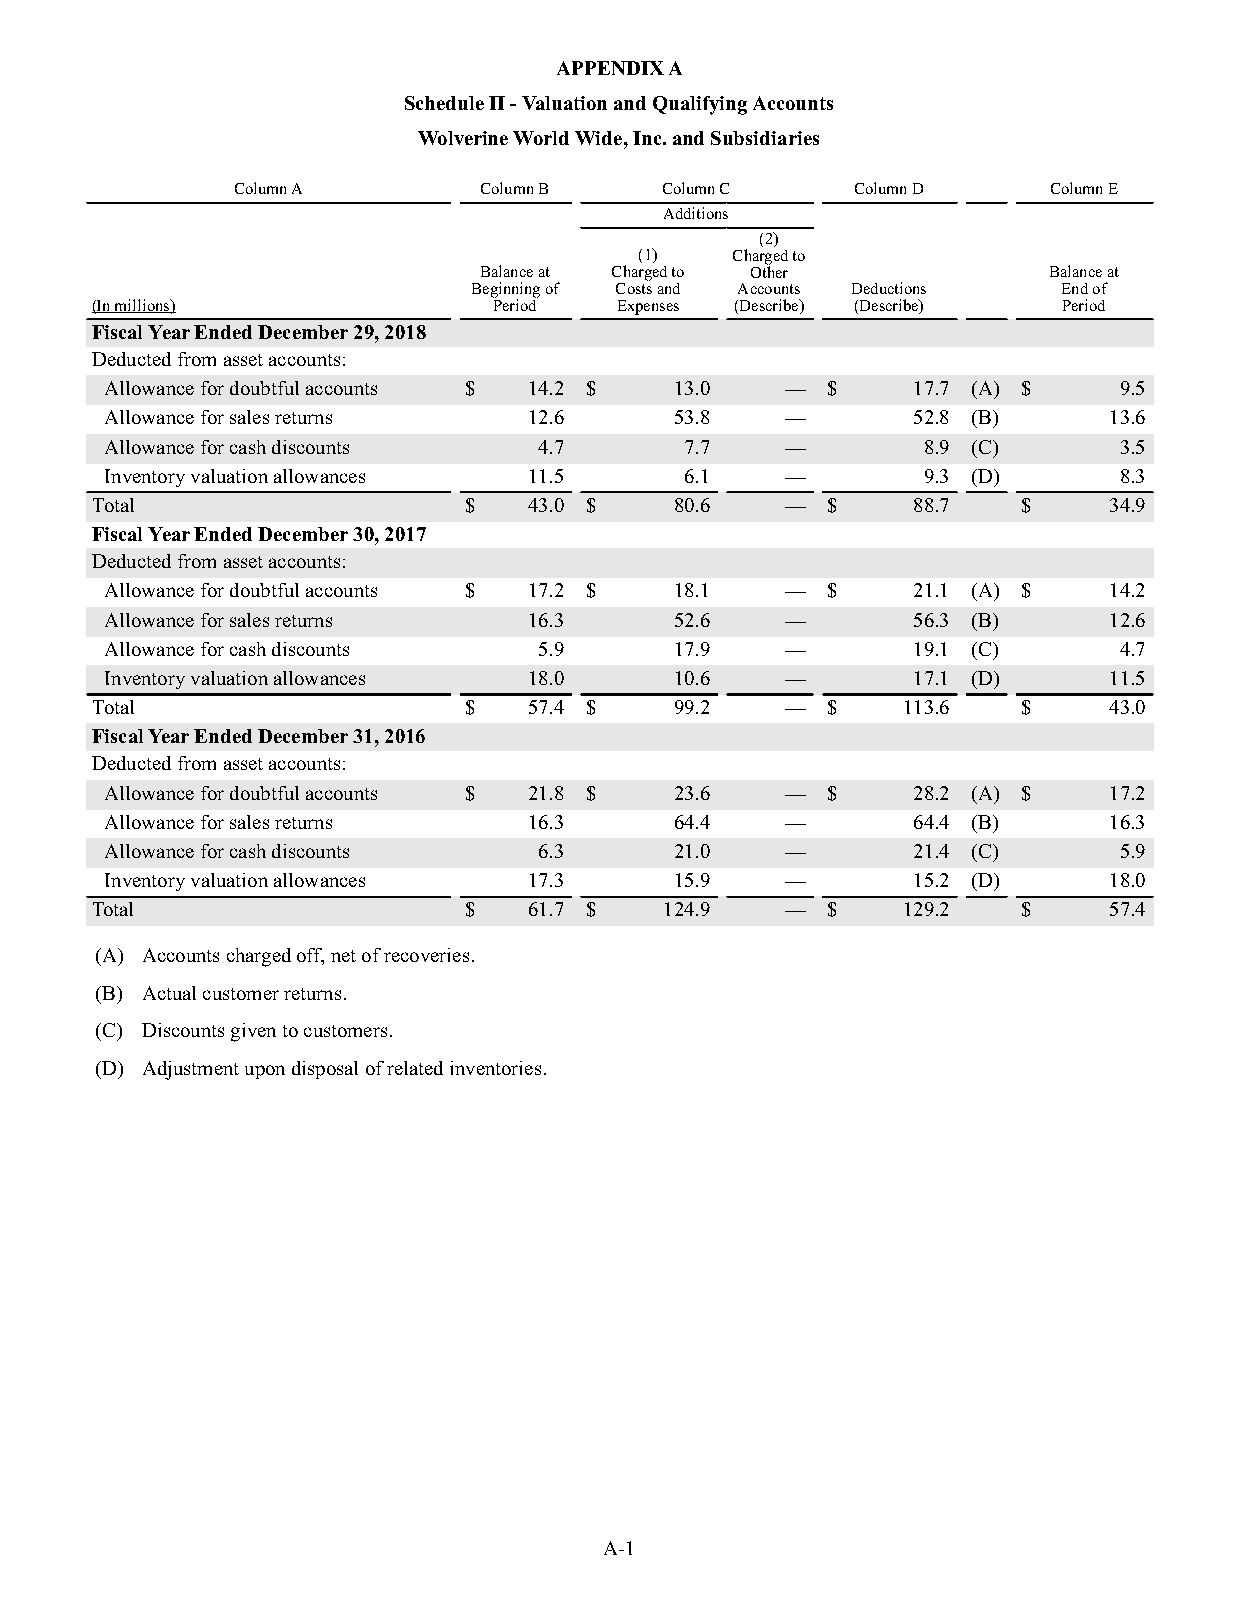
APPENDIX A
 Schedule II - Valuation and Qualifying Accounts
 Wolverine World Wide, Inc. and Subsidiaries
 Column A         Column B    Column C     Column D    Column E
 Additions
 (2)
 (1)   Charged to
 Balance at Charged to Other          Balance at
 Beginning of Costs and Accounts Deductions End of
 (In millions)              Period  Expenses (Describe) (Describe) Period
 Fiscal Year Ended December 29, 2018
 Deducted from asset accounts:
 Allowance for doubtful accounts $ 14.2 $ 13.0 — $    17.7 (A) $    9.5
 Allowance for sales returns 12.6      53.8   —       52.8 (B)     13.6
 Allowance for cash discounts 4.7      7.7    —        8.9 (C)      3.5
 Inventory valuation allowances 11.5   6.1    —        9.3 (D)      8.3
 Total                    $   43.0 $    80.6   —  $    88.7    $    34.9
 Fiscal Year Ended December 30, 2017
 Deducted from asset accounts:
 Allowance for doubtful accounts $ 17.2 $ 18.1 — $    21.1 (A) $   14.2
 Allowance for sales returns 16.3      52.6   —       56.3 (B)     12.6
 Allowance for cash discounts 5.9      17.9   —       19.1 (C)      4.7
 Inventory valuation allowances 18.0   10.6   —       17.1 (D)     11.5
 Total                    $   57.4 $    99.2   —  $    113.6   $    43.0
 Fiscal Year Ended December 31, 2016
 Deducted from asset accounts:
 Allowance for doubtful accounts $ 21.8 $ 23.6 — $    28.2 (A) $   17.2
 Allowance for sales returns 16.3      64.4   —       64.4 (B)     16.3
 Allowance for cash discounts 6.3      21.0   —       21.4 (C)      5.9
 Inventory valuation allowances 17.3   15.9   —       15.2 (D)     18.0
 Total                    $   61.7 $   124.9   —  $    129.2   $    57.4
 (A) Accounts charged off, net of recoveries.
 (B) Actual customer returns.
 (C) Discounts given to customers.
 (D) Adjustment upon disposal of related inventories.
 A-1